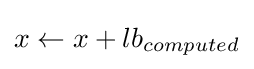
x\leftarrow x+lb_{computed}